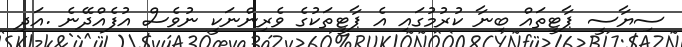
ސިޔާސީ ޕާޓީތައް ބިނާ ކުރުމުގައި އެ ޕާޓީތަކުގެ ވެރިންނަކީ ނުވެސް އުފެއްދޭނެ .އަދި